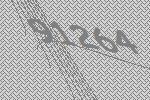
91264